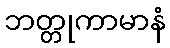
ဘတ္တုကာမာနံ